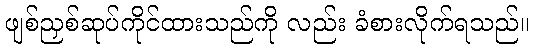
ဖျစ်ညှစ်ဆုပ်ကိုင်ထားသည်ကို လည်း ခံစားလိုက်ရသည်။